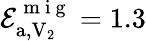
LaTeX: \mathcal{E}_{\mathrm{{a}},\mathrm{{V}}_{2}}^{\mathrm{{~m~i~g~}}}=1.3